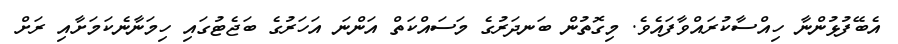
އެބޭފުޅުންނާ ހިއްސާކުރައްވާފައެވެ. މިގޮތުން ބަނދަރުގެ މަސައްކަތް އަންނަ އަހަރުގެ ބަޖެޓުގައި ހިމަނާނެކަމަށާއި ރަށް